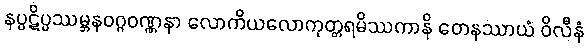
နပ္ပဋိပ္ပဿမ္ဘနဝဂ္ဂဝဏ္ဏနာ လောကိယလောကုတ္တရမိဿကာနိ တေနဿာယံ ဝိလီနံ